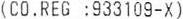
(CO.REG : 933109-X)